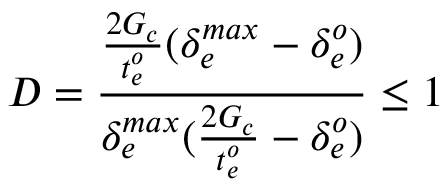
D = \frac { \frac { 2 G _ { c } } { t _ { e } ^ { o } } ( \delta _ { e } ^ { m a x } - \delta _ { e } ^ { o } ) } { \delta _ { e } ^ { m a x } ( \frac { 2 G _ { c } } { t _ { e } ^ { o } } - \delta _ { e } ^ { o } ) } \leq 1